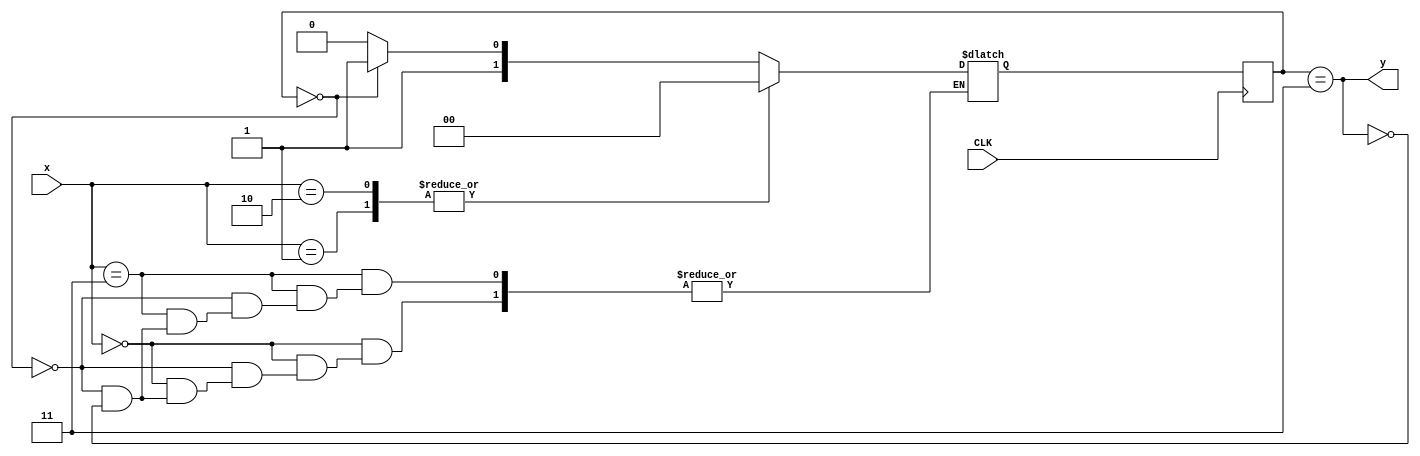
module Problem2(x,y,CLK);
    input [1:0]x;
    output y;
    input CLK;
    reg [1:0] state, next;

    initial begin
        state = 2'b00;
        next = 2'b00;
    end

    always @(posedge CLK) state = next;

    assign y = (state == 2'b11);

    always @(x, state) begin
        case(x) 
            2'b00: if(state == 2'b00) next = 2'b11;
                else if(state == 2'b11) next = 2'b10;
            2'b01: next = 2'b00;
            2'b10: next = 2'b00;
            2'b11: if(state == 2'b00) next = 2'b11;
                else if(state == 2'b11) next = 2'b10;
        endcase
    end
endmodule

module tb;
    parameter delay = 5;
    reg CLK;
    reg [1:0]x_in;
    wire y_out;
    integer i;
    Problem2 p2(.x(x_in), .y(y_out), .CLK(CLK));
    initial begin;
        CLK = 0;
        $display();
        $display("  time  x_in  y_out");
        for (i = 0; i < 16; i = i + 1) begin
            x_in[0] = ($urandom & 'b10) == 'b10;
            x_in[1] = ($urandom & 'b10) == 'b10;
            #delay CLK = ~CLK;
            #1;
            $display(
                "   %3d     %2b  %b",
                $time, x_in, y_out);
            #4 CLK = ~CLK;

        end
        $display();
        $finish;
    end
endmodule